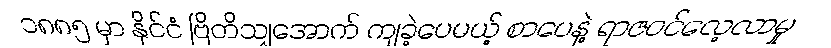
၁၈၈၅ မှာ နိုင်ငံ ဗြိတိသျှအောက် ကျခဲ့ပေမယ့် စာပေနဲ့ ရာဇဝင်လေ့လာမှု